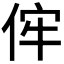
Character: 𠈭